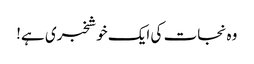
وہ نجات کی ایک خوشخبری ہے!